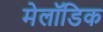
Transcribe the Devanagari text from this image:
मेलॉडिक